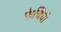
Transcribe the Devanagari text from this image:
फेजियो